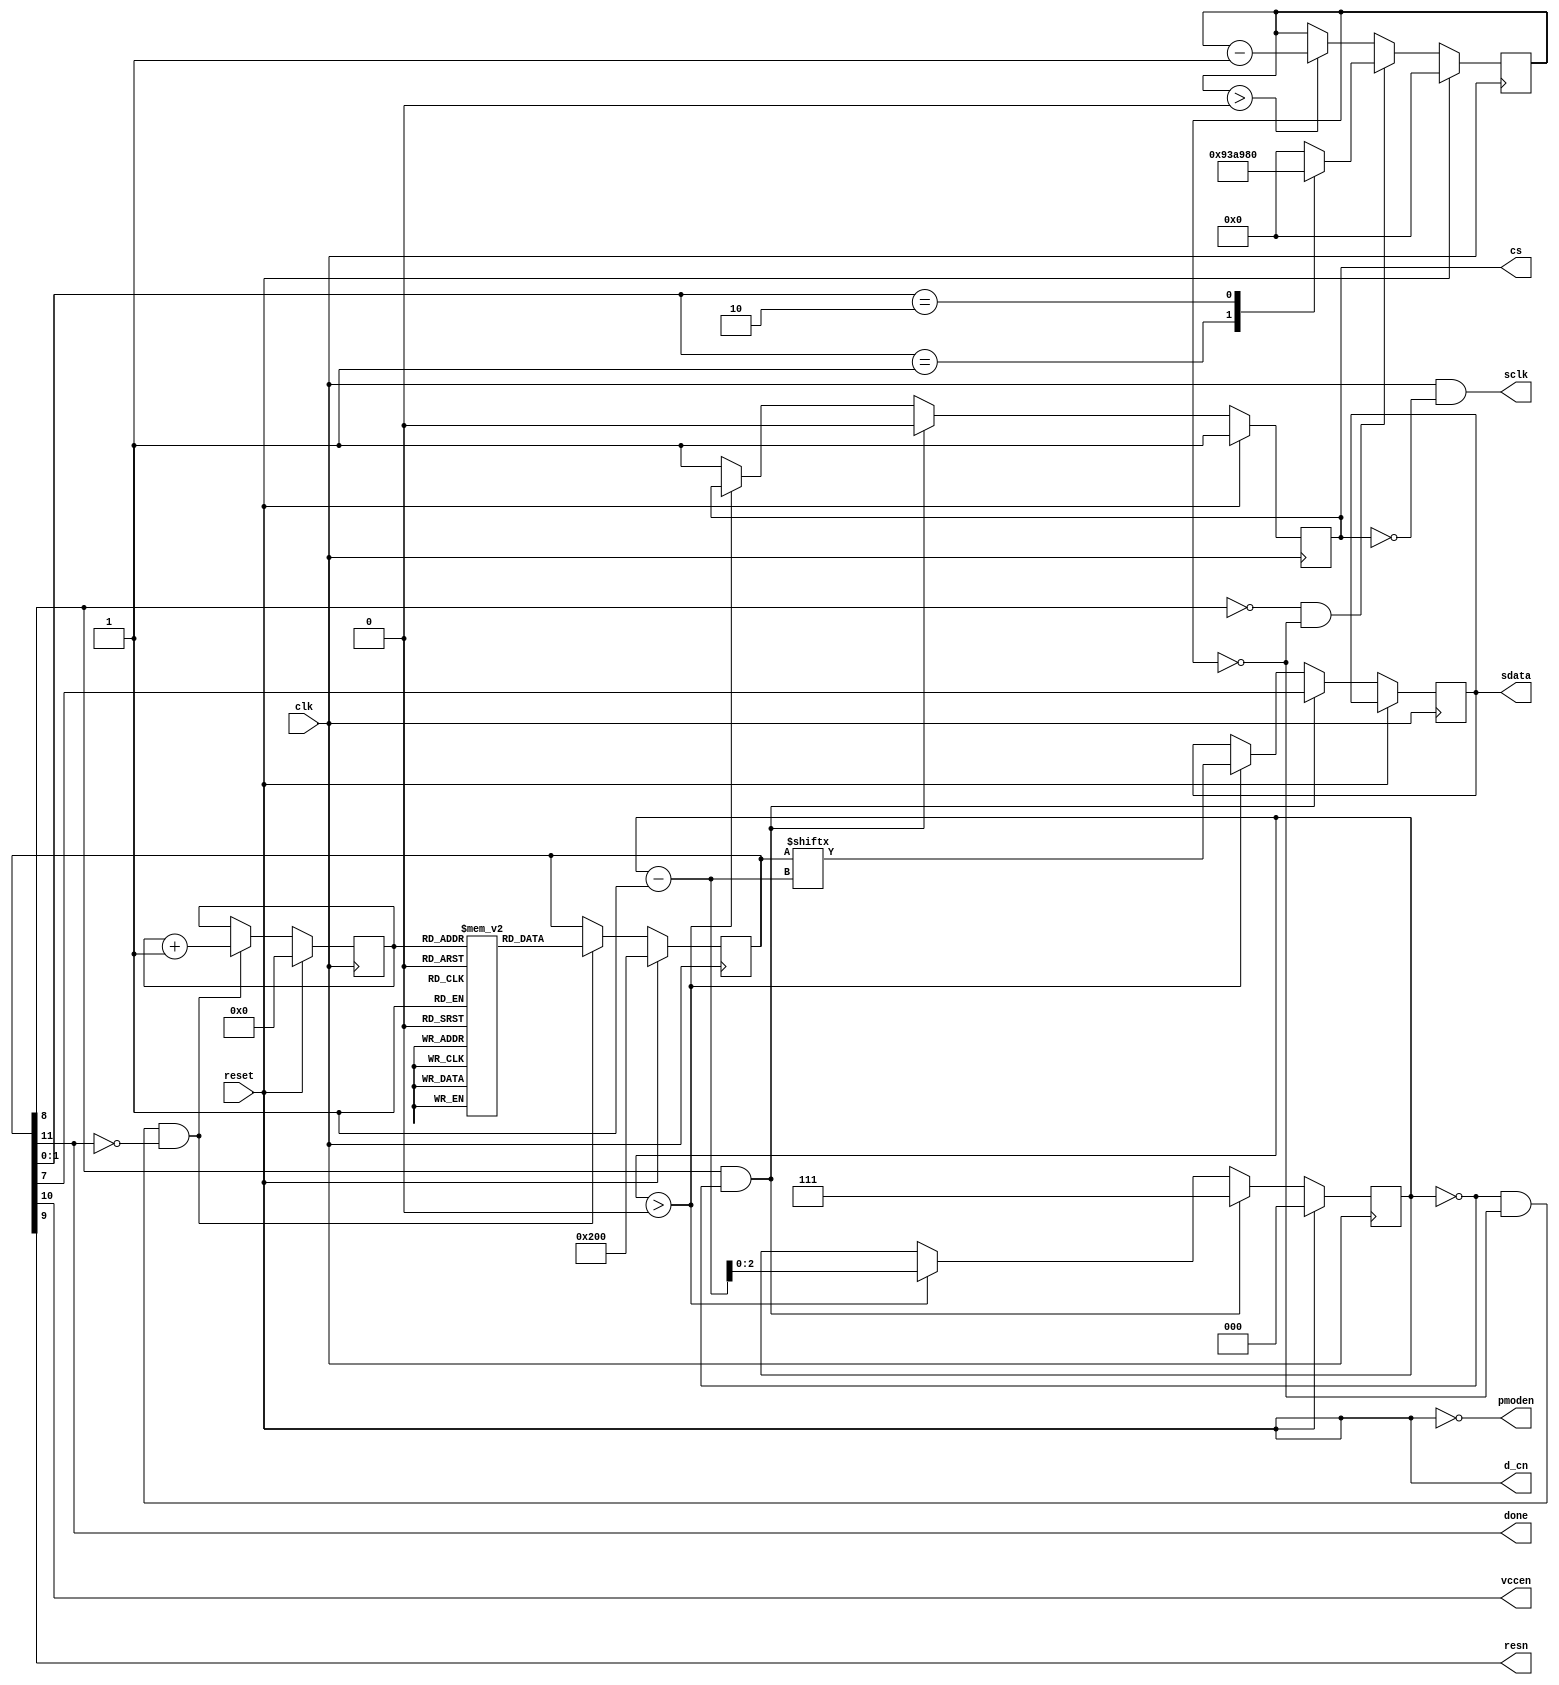
//----------------------------------------------------------------------
//-- SSD1331 Display Power On and Init Controller
//--
//-- Serves the same purpose as pwr_on_ctl but with init FSM implemented
//-- as a simple instructions set
//----------------------------------------------------------------------
`default_nettype none

module pwr_on_ctl_mem #(
    parameter CLK_FREQ = 12_000_000,
    parameter DISPLAY_REMAP = 8'h72,//8'h72, // display remap and data format for A0h cmd
    parameter START_LINE = 8'h00, // display start line for A1h cmd
    parameter DISPLAY_OFFSET = 8'h00, // display offset for A2h cmd
    parameter DISPLAY_MODE = 8'hA4, // display mode: A4h - normal, A5h - all on, A6h - all off, A7h - inverse
    parameter MULTIPLEX_RATIO = 8'h3F, // for A8h cmd
    parameter POWER_MODE = 8'h0B, // power mode (B0h cmd): 0Bh - disable power save, 1Ah - enable power save (RESET)
    parameter PHASE_ADJUST = 8'h31, // phase 1 and phase 2 pixel (dis)charge length for B1h cmd
    parameter DISPLAY_CLOCK = 8'hF0, // B3h cmd, 7:4 = Oscillator Frequency, 3:0 = CLK Div Ratio (A[3:0]+1 = 1..16)
    parameter PRECHARGE_A = 8'h64, // second precharge speeds for channels A-B-C, 8Ah-8Ch commands
    parameter PRECHARGE_B = 8'h78,
    parameter PRECHARGE_C = 8'h64,
    parameter PRECHARGE_LEVEL = 8'h3A, // BBh cmd, Vp precharge level in ref to Vcc
    parameter VCOMH_LEVEL = 8'h3E, // BEh cmd, COM deselect voltage level (Vcomh)
    parameter MASTER_CURRENT_ATT = 8'h06, // 87h cmd, master current attenuation factor
    parameter CONTRAST_A = 8'h91, //contrast for channels A-B-C, 81h-83h commands
    parameter CONTRAST_B = 8'h50,
    parameter CONTRAST_C = 8'h7D
)(
    input wire clk,
    input wire reset,
    output reg sdata,
    output wire sclk,
    output reg cs,
    output wire d_cn,
    output wire pmoden,
    output wire vccen,
    output wire resn,
    output wire done
);

assign pmoden = !reset; // enable pmod power right after reset
assign d_cn = reset; // we only send commands and no data thus always 0

// command word is 12 bit wide and has the following fields:
// +--+--+--+--+----+
// |11|10| 9| 8|7..0| - bit number
// +--+--+--+--+----+
// | S| V| R| F|DATA| - field (see below)
// +--+--+--+--+----+
//
// Fields:
//  - (S)TOP:           Last command marker
//  - (V)CCEN:          Enable Vcc
//  - (R)ESN:           Pull resn low or high
//  - CMD/PAUSE (F)LAG: 1 if DATA bits represent command to be sent,
//                      0 if delay count pointer (see "Delays" below)
//  - DATA:             Byte with command (part of command for commands longer than 1 byte)
//                      or delay count pointer (see "Delays" below)

reg[11:0] command; // current command
reg[11:0] program[0:50]; // program storage
reg[5:0]  cmd_ptr; // current command pointer
reg[2:0]  shift_cnt; // shift counter for command data

assign done = command[11]; // done on STOP
assign vccen = command[10];
assign resn = command[9];
wire is_delay = ~command[8];
wire is_command = command[8];

// ------------------------------------------- Delays -------------------------------------------
// We need the following delays:
//  - 20 ms after Vdd pwr on (pmoden = 1) before pulling resn low
//  - 3 us to hold resn low
//  - another 3 us for resn high before enabling Vcc
//  - ... all other init commands go here, then enable Vcc
//  - 20 ms after Vcc enable before sending Display ON to let Vcc stabilize
//  - and finally, 100 ms after Display ON
//
// Naive approach would be to store delay counter directly in the command's byte payload
// and then combine pause commands as needed to get longer delays. However, with this approach to
// get to 20+100+20 = 140 ms combined delay at 12 MHz (12,000,000(1/s)*0.14(s) = 1,680,000 cycles)
// one would need 1,680,000/2^8 = 6,563 pause commands, which is equivalent to
// 6,563*12 = 78,756 bits of memory. This is way more than 64K BRAM bits
// available in Lattice HX1K device :(
//
// Alternative approach is to store counters for 3 us and 20 ms delays in LUTs and pass pointer to
// required counter in command's body. 100 ms delay is 5x20ms delay commands one after another

localparam Delay3usCnt  = (CLK_FREQ *  3) / 1_000_000;
localparam Delay3us     = 8'h01;
localparam Delay20msCnt = (CLK_FREQ * 20) / 1_000;
localparam Delay20ms    = 8'h02;
localparam DelayNone    = 8'h00;
reg [$clog2(Delay20msCnt)-1:0] delay;

function [$clog2(Delay20msCnt)-1:0] get_delay(
    input [11:0] cmd
);
    case (cmd[1:0])
        DelayNone: get_delay = 0;
        Delay3us:  get_delay = Delay3usCnt;
        Delay20ms: get_delay = Delay20msCnt;
        default:   get_delay = 0;
    endcase
endfunction

// init program
initial begin
    program[00] <= {4'b0010, Delay20ms}; // right after power on hold resn high for 20ms
    program[01] <= {4'b0000, Delay3us};  // then pull resn low for 3us
    program[02] <= {4'b0010, Delay3us};  // then high again for another 3us before sending commands (and keep high)
    
    program[03] <= {4'b0011, 8'hFD};     // enable oled driver, 0xFD12
    program[04] <= {4'b0011, 8'h12};
    program[05] <= {4'b0011, 8'hAE};     // display off
    program[06] <= {4'b0011, 8'hA0};     // set display remap
    program[07] <= {4'b0011, DISPLAY_REMAP};
    program[08] <= {4'b0011, 8'hA1};     // set display start line
    program[09] <= {4'b0011, START_LINE};
    program[10] <= {4'b0011, 8'hA2};     // set display offset
    program[11] <= {4'b0011, DISPLAY_OFFSET};
    program[12] <= {4'b0011, DISPLAY_MODE}; // set display mode
    program[13] <= {4'b0011, 8'hA8};     // set multiplex ratio
    program[14] <= {4'b0011, MULTIPLEX_RATIO};
    program[15] <= {4'b0011, 8'hAD};     // master config - ...
    program[16] <= {4'b0011, 8'h8E};     // ... - select external Vcc supply
    program[17] <= {4'b0011, 8'hB1};     // phase adjust cmd
    program[18] <= {4'b0011, PHASE_ADJUST};
    program[19] <= {4'b0011, 8'hB0};     // power mode cmd
    program[20] <= {4'b0011, POWER_MODE};
    program[21] <= {4'b0011, 8'hB3};     // display clock cmd
    program[22] <= {4'b0011, DISPLAY_CLOCK};
    program[23] <= {4'b0011, 8'h8A};     // set precharge for A, B & C channels
    program[24] <= {4'b0011, PRECHARGE_A};
    program[25] <= {4'b0011, 8'h8B};
    program[26] <= {4'b0011, PRECHARGE_B};
    program[27] <= {4'b0011, 8'h8C};
    program[28] <= {4'b0011, PRECHARGE_C};
    program[29] <= {4'b0011, 8'hBE};     // vcomm level cmd
    program[30] <= {4'b0011, VCOMH_LEVEL};
    program[31] <= {4'b0011, 8'h87};     // master current attenuation
    program[32] <= {4'b0011, MASTER_CURRENT_ATT};
    program[33] <= {4'b0011, 8'h81};     // contrast levels for A, B & C channels
    program[34] <= {4'b0011, CONTRAST_A};
    program[35] <= {4'b0011, 8'h82};
    program[36] <= {4'b0011, CONTRAST_B};
    program[37] <= {4'b0011, 8'h83};
    program[38] <= {4'b0011, CONTRAST_C};
    program[39] <= {4'b0011, 8'h25};     // clear screen cmd (5 bytes)
    program[40] <= {4'b0011, 8'h00};     // x1 = 0
    program[41] <= {4'b0011, 8'h00};     // y1 = 0
    program[42] <= {4'b0011, 8'h5F};     // x1 = 96
    program[43] <= {4'b0011, 8'h3F};     // x1 = 64
    program[44] <= {4'b0110, Delay20ms}; // Vcc enable and wait for 20ms
    program[45] <= {4'b0111, 8'hAF};     // display on cmd
    program[46] <= {4'b0110, Delay20ms}; // wait for 100ms for SEG/COM to get up (5x20ms delays)
    program[47] <= {4'b0110, Delay20ms};
    program[48] <= {4'b0110, Delay20ms};
    program[49] <= {4'b0110, Delay20ms};
    program[50] <= {4'b1110, Delay20ms}; // and we're done!
end

// SSD1331 datasheet says max freq is 6.6MHz yet 12MHz seem to work just fine, thus no freq divider.
// Also, mask clock with data availability.
assign sclk = clk & !cs;

// read current command
always @(posedge clk) begin
    if (reset) begin
        command <= {4'b0010, 8'h00};
        cmd_ptr <= 0;
    end else if (shift_cnt == 0 && delay == 0 && !done) begin
         // read next command if previous command shifted out and delay counted down
         command <= program[cmd_ptr];
         cmd_ptr <= cmd_ptr + 1;
    end
end

// command shifter
always @(negedge clk) begin
    if (reset) begin
        shift_cnt <= 0;
        cs <= 1;
    end else begin
        if (is_command && shift_cnt == 0) begin
            cs <= 0;
            sdata <= command[7];
            shift_cnt <= 7;
        end else if (shift_cnt > 0) begin
            sdata = command[shift_cnt-1];
            shift_cnt <= shift_cnt - 1;
        end else
            cs <= 1;
    end
end

// delay counter
always @(negedge clk) begin
    if (reset) delay <= 0;
    else begin
        if (is_delay && delay == 0)
            delay <= get_delay(command);
        else if (delay >0)
            delay <= delay - 1;
    end
end

endmodule